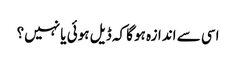
اسی سے اندازہ ہوگا کہ ڈیل ہوئی یا نہیں؟